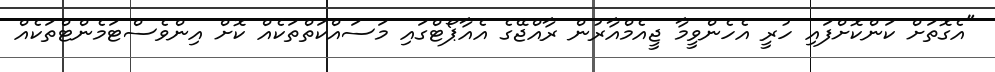
"އެގޮތަށް ކަންކޮށްފައި ހުރީ އެހެންވީމާ ޖީއެމްއާރުން ރާއްޖޭގެ އެއާޕޯޓްގައި މަސައްކަތްތަކެއް ކޮށް އިންވެސްޓަމެންޓްތަކެއް